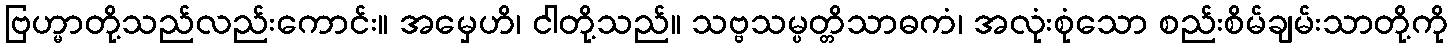
ဗြဟ္မာတို့သည်လည်းကောင်း။ အမှေဟိ၊ ငါတို့သည်။ သဗ္ဗသမ္ပတ္တိသာဓကံ၊ အလုံးစုံသော စည်းစိမ်ချမ်းသာတို့ကို